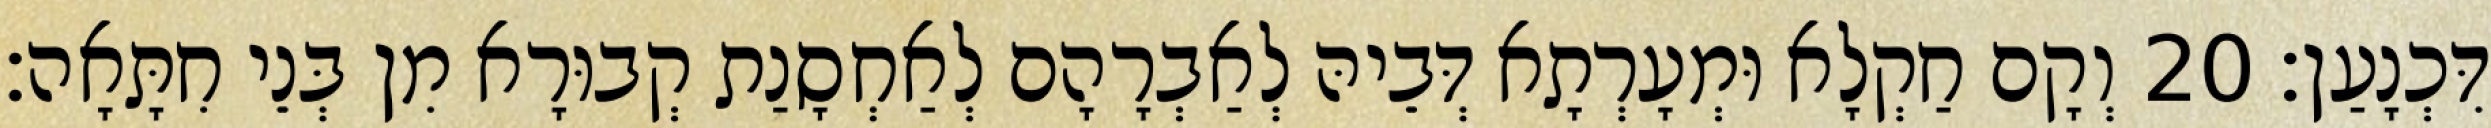
דִּכְנָעַן׃ 20 וְקָם חַקְלָא וּמְעָרְתָא דְּבֵיהּ לְאַבְרָהָם לְאַחְסָנַת קְבוּרָא מִן בְּנֵי חִתָּאָה׃